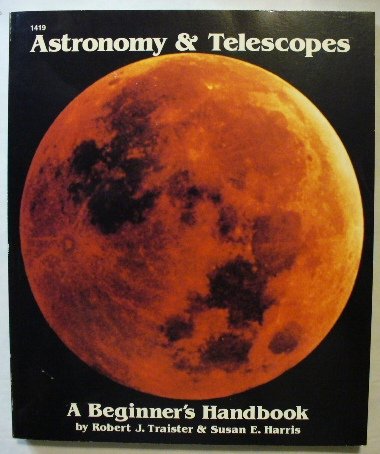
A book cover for Astronomy and Telescopes: A Beginner's Handbook; Robert J. Traister; Science & Math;